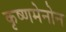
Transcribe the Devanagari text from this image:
कृष्णमेनोन